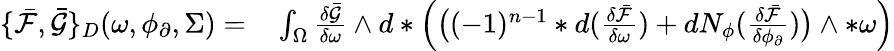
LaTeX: \begin{array}{rl}{\{ \bar{\mathcal{F}},\bar{\mathcal{G}}\} _{D}(\omega,\phi_{\partial},\Sigma)=}&{{}\int_{\Omega}\frac{\delta\bar{\mathcal{G}}}{\delta\omega}\wedge d\ast\Big(\big((-1)^{n-1}\ast d(\frac{\delta\bar{\mathcal{F}}}{\delta\omega})+dN_{\phi}(\frac{\delta\bar{\mathcal{F}}}{\delta\phi_{\partial}})\big)\wedge\ast\omega\Big)}\end{array}